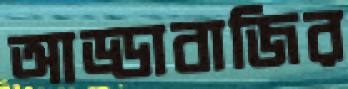
আড্ডাবাজির